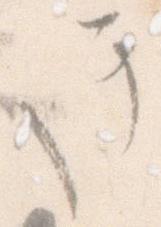
き